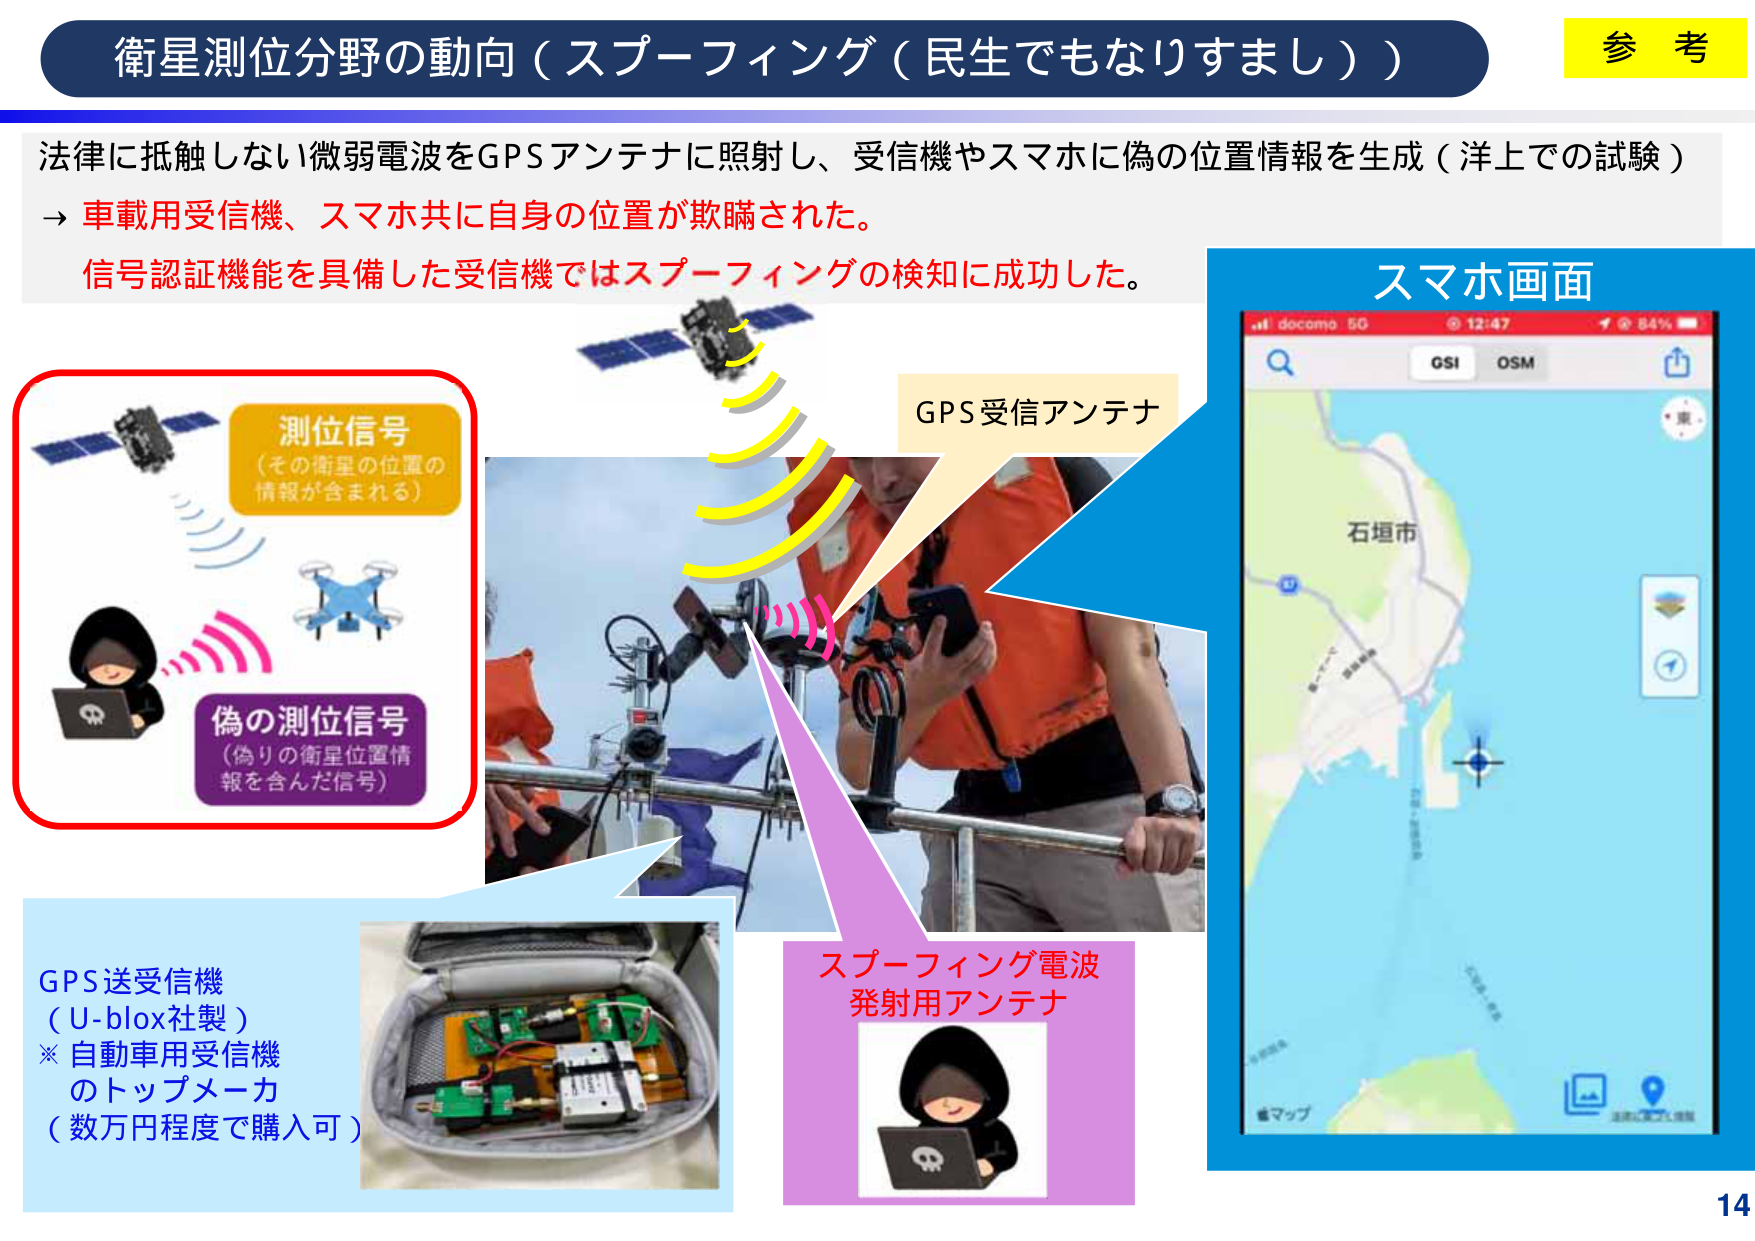
衛星測位分野の動向（スプーフィング（民生でもなりすまし））
参 考
法律に抵触しない微弱電波をGPSアンテナに照射し、受信機やスマホに偽の位置情報を生成（洋上での試験）
→ 車載用受信機、スマホ共に自身の位置が欺瞞された。
信号認証機能を具備した受信機ではスプーフィングの検知に成功した。
測位信号
（その衛星の位置の
情報が含まれる）
偽の測位信号
（偽りの衛星位置情
報を含んだ信号）
GPS受信アンテナ
スマホ画面
docomo 5G 12:47 84%
GSI OSM
石垣市
GPS送受信機
（U-blox社製）
※ 自動車用受信機
のトップメーカ
（数万円程度で購入可）
スプーフィング電波
発射用アンテナ
マップ
正確に測定し追尾
14